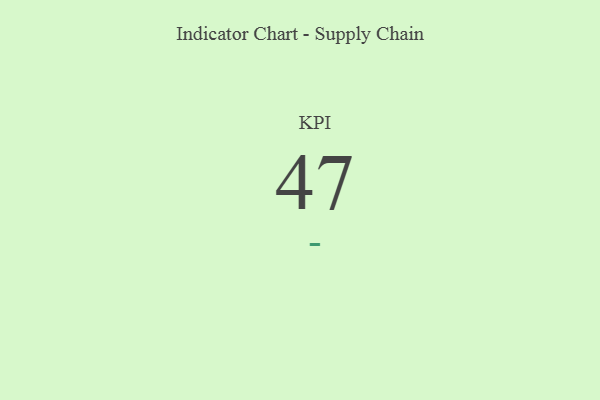
{"axis": {"x": "KPI", "y": "Value"}, "legend": [""], "data": [{"x": "KPI", "y": 47, "type": ""}]}